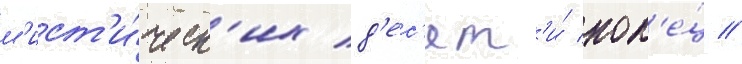
м'ист'и́ческ'их д'ес'ят'и́ кол'е́ц //